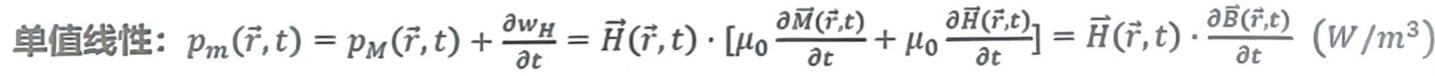
单值线性：$p_m(\vec{r},t) = p_M(\vec{r},t) + \frac{\partial w_H}{\partial t} = \vec{H}(\vec{r},t) \cdot [\mu_0 \frac{\partial \vec{M}(\vec{r},t)}{\partial t} + \mu_0 \frac{\partial \vec{H}(\vec{r},t)}{\partial t}] = \vec{H}(\vec{r},t) \cdot \frac{\partial \vec{B}(\vec{r},t)}{\partial t} \ (W/m^3)$